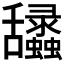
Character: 𦧽